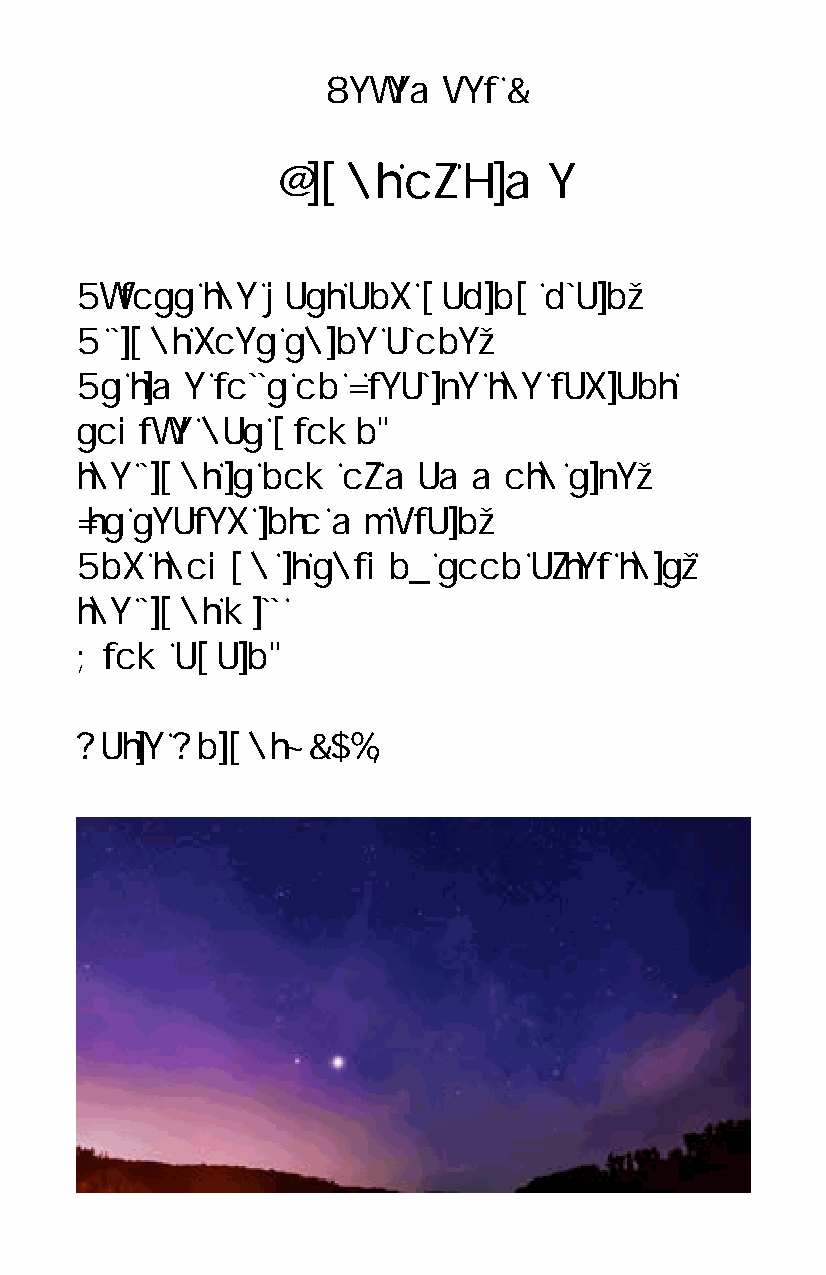
December    2
 Light    of  Time
 Across  the  vast and  gaping  plain,
 A light does  shine alone,
 As  time rolls on I realize the radiant
 source  has  grown.
 the light is now  of mammoth     size,
 It’s seared into my  brain,
 And  though   it shrunk soon  after this,
 the light will
 Grow   again.
 Katie Knight-  2018